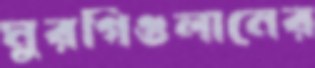
মুরগিগুলানের